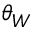
\theta _ { W }